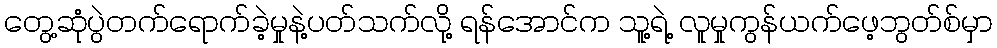
တွေ့ဆုံပွဲတက်ရောက်ခဲ့မှုနဲ့ပတ်သက်လို့ ရန်အောင်က သူ့ရဲ့ လူမှုကွန်ယက်ဖေ့ဘွတ်စ်မှာ